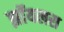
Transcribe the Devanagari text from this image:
झॉयलस